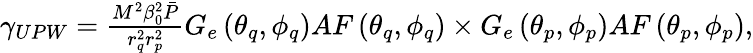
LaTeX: \begin{array}{r}{\gamma_{UPW}=\frac{M^{2}\beta_{0}^{2}\bar{P}}{r_{q}^{2}r_{p}^{2}}G_{e}\left(\theta_{q},\phi_{q}\right)AF\left(\theta_{q},\phi_{q}\right)\times G_{e}\left(\theta_{p},\phi_{p}\right)AF\left(\theta_{p},\phi_{p}\right),}\end{array}